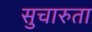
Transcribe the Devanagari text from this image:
सुचारुता